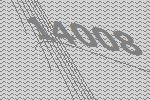
14008